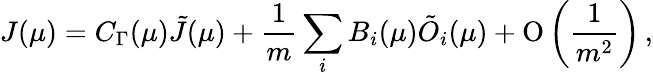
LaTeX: J(\mu)=C_{\Gamma}(\mu)\tilde{J}(\mu)+\frac 1{m}\sum_{i}B_{i}(\mu)\tilde{O}_{i}(\mu)+\mathrm{O}\left(\frac 1{m^{2}}\right)\, ,